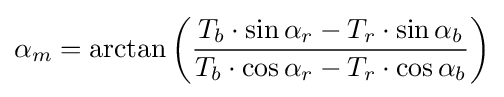
\alpha _{m}=\arctan \left({\frac {T_{b}\cdot \sin \alpha _{r}-T_{r}\cdot \sin \alpha _{b}}{T_{b}\cdot \cos \alpha _{r}-T_{r}\cdot \cos \alpha _{b}}}\right)